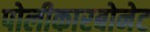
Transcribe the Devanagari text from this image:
पोलीकारबोनेट